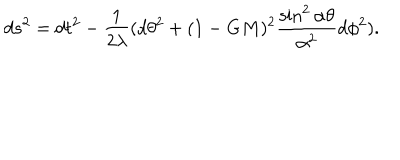
d s ^ { 2 } = d t ^ { 2 } - \frac { 1 } { 2 \lambda } ( d \theta ^ { 2 } + ( 1 - G M ) ^ { 2 } \frac { \sin ^ { 2 } \alpha \theta } { \alpha ^ { 2 } } d \phi ^ { 2 } ) .